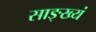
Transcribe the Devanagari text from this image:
साङ्ख्यं